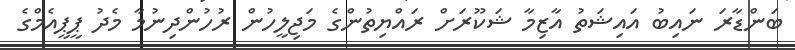
ބަންޑާރަ ނައިބު އައިޝަތު އާޒިމާ ޝަކޫރަށް ރައްޔިތުންގެ މަޖިލީހުން ރުހުންދިނުމާ މެދު ޕީޕީއެމްގެ